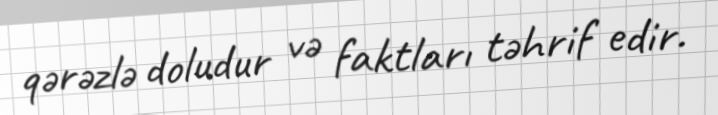
qərəzlə doludur və faktları təhrif edir.